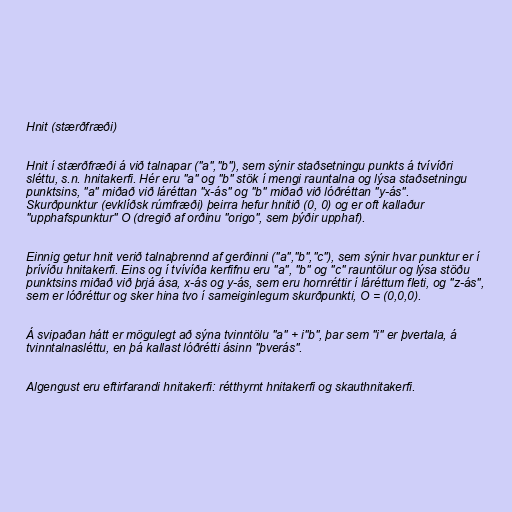
Hnit (stærðfræði)

Hnit í stærðfræði á við talnapar ("a","b"), sem sýnir staðsetningu punkts á tvívíðri
sléttu, s.n. hnitakerfi. Hér eru "a" og "b" stök í mengi rauntalna og lýsa staðsetningu
punktsins, "a" miðað við láréttan "x-ás" og "b" miðað við lóðréttan "y-ás".
Skurðpunktur (evklíðsk rúmfræði) þeirra hefur hnitið (0, 0) og er oft kallaður
"upphafspunktur" O (dregið af orðinu "origo", sem þýðir upphaf).

Einnig getur hnit verið talnaþrennd af gerðinni ("a","b","c"), sem sýnir hvar punktur er í
þrívíðu hnitakerfi. Eins og í tvívíða kerfifnu eru "a", "b" og "c" rauntölur og lýsa stöðu
punktsins miðað við þrjá ása, x-ás og y-ás, sem eru hornréttir í láréttum fleti, og "z-ás",
sem er lóðréttur og sker hina tvo í sameiginlegum skurðpunkti, O = (0,0,0).

Á svipaðan hátt er mögulegt að sýna tvinntölu "a" + i"b", þar sem "i" er þvertala, á
tvinntalnasléttu, en þá kallast lóðrétti ásinn "þverás".

Algengust eru eftirfarandi hnitakerfi: rétthyrnt hnitakerfi og skauthnitakerfi.